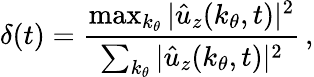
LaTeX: \delta(t)=\frac{\operatorname*{max}_{k_{\theta}}|\hat{u}_{z}(k_{\theta},t)|^{2}}{\sum_{k_{\theta}}|\hat{u}_{z}(k_{\theta},t)|^{2}}\, ,